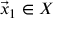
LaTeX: { \vec { x } } _ { 1 } \in X